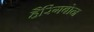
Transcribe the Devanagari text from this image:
हैरिंगबोन